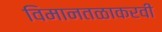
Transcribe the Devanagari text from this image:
विमानतळाकरवी